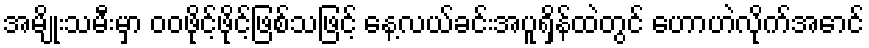
အမျိုးသမီးမှာ ဝဝဖိုင့်ဖိုင့်ဖြစ်သဖြင့် နေ့လယ်ခင်းအပူရှိန်ထဲတွင် ဟောဟဲလိုက်အောင်